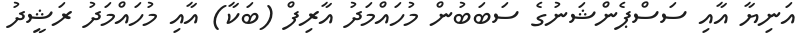
އަނިޔާ އާއި ސަސްޕެންޝަނުގެ ސަބަބުން މުހައްމަދު އާރިފް (ބަކާ) އާއި މުހައްމަދު ރަޝީދު